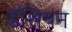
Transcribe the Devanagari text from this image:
डॅसियन